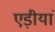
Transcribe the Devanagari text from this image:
एड़ीयां